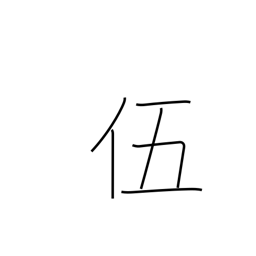
Meaning: five-man squad